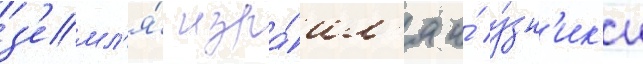
з'емл'я́ изра́ил'я и́ у́зн'ик'и